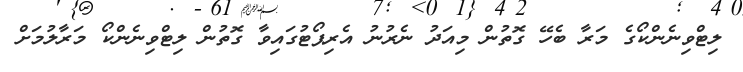
ލިޓްވިނެންކޯގެ މަރާ ބެހޭ ގޮތުން މިއަދު ނެރުނު އެރިޕޯޓުގައިވާ ގޮތުން ލިޓްވިނެންކޯ މަރާލުމަށް